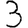
Digit: 3